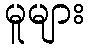
မူများ